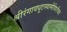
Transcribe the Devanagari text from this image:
श्रीरंगावधूटस्वामीविरचित